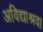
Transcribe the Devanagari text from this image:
अविद्याश्रव।